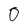
Character: 0